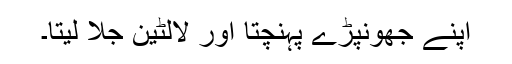
اپنے جھونپڑے پہنچتا اور لالٹین جلا لیتا۔